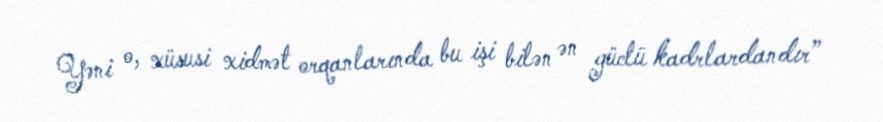
Yəni o, xüsusi xidmət orqanlarında bu işi bilən ən güclü kadrlardandır”